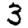
Digit: 3